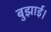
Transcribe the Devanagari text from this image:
बुझाई।